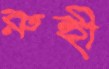
রুহী